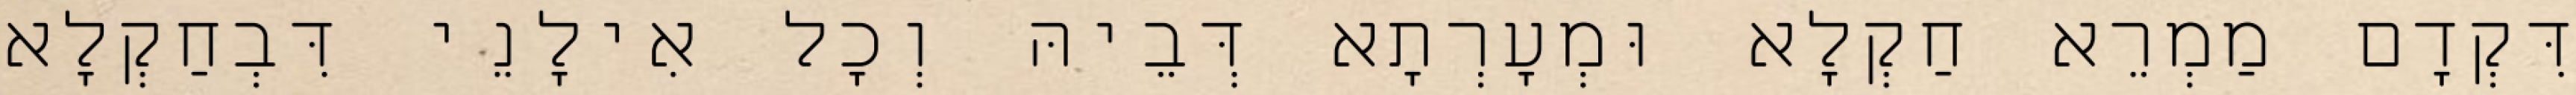
דִּקְדָם מַמְרֵא חַקְלָא וּמְעָרְתָא דְּבֵיהּ וְכָל אִילָנֵי דִּבְחַקְלָא